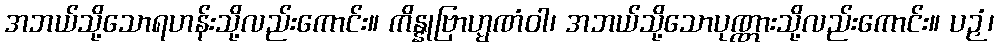
အဘယ်သို့သောရဟန်းသို့လည်းကောင်း။ ကိန္နုဗြာဟ္မဏံဝါ၊ အဘယ်သို့သောပုဏ္ဏားသို့လည်းကောင်း။ ပဉှံ၊